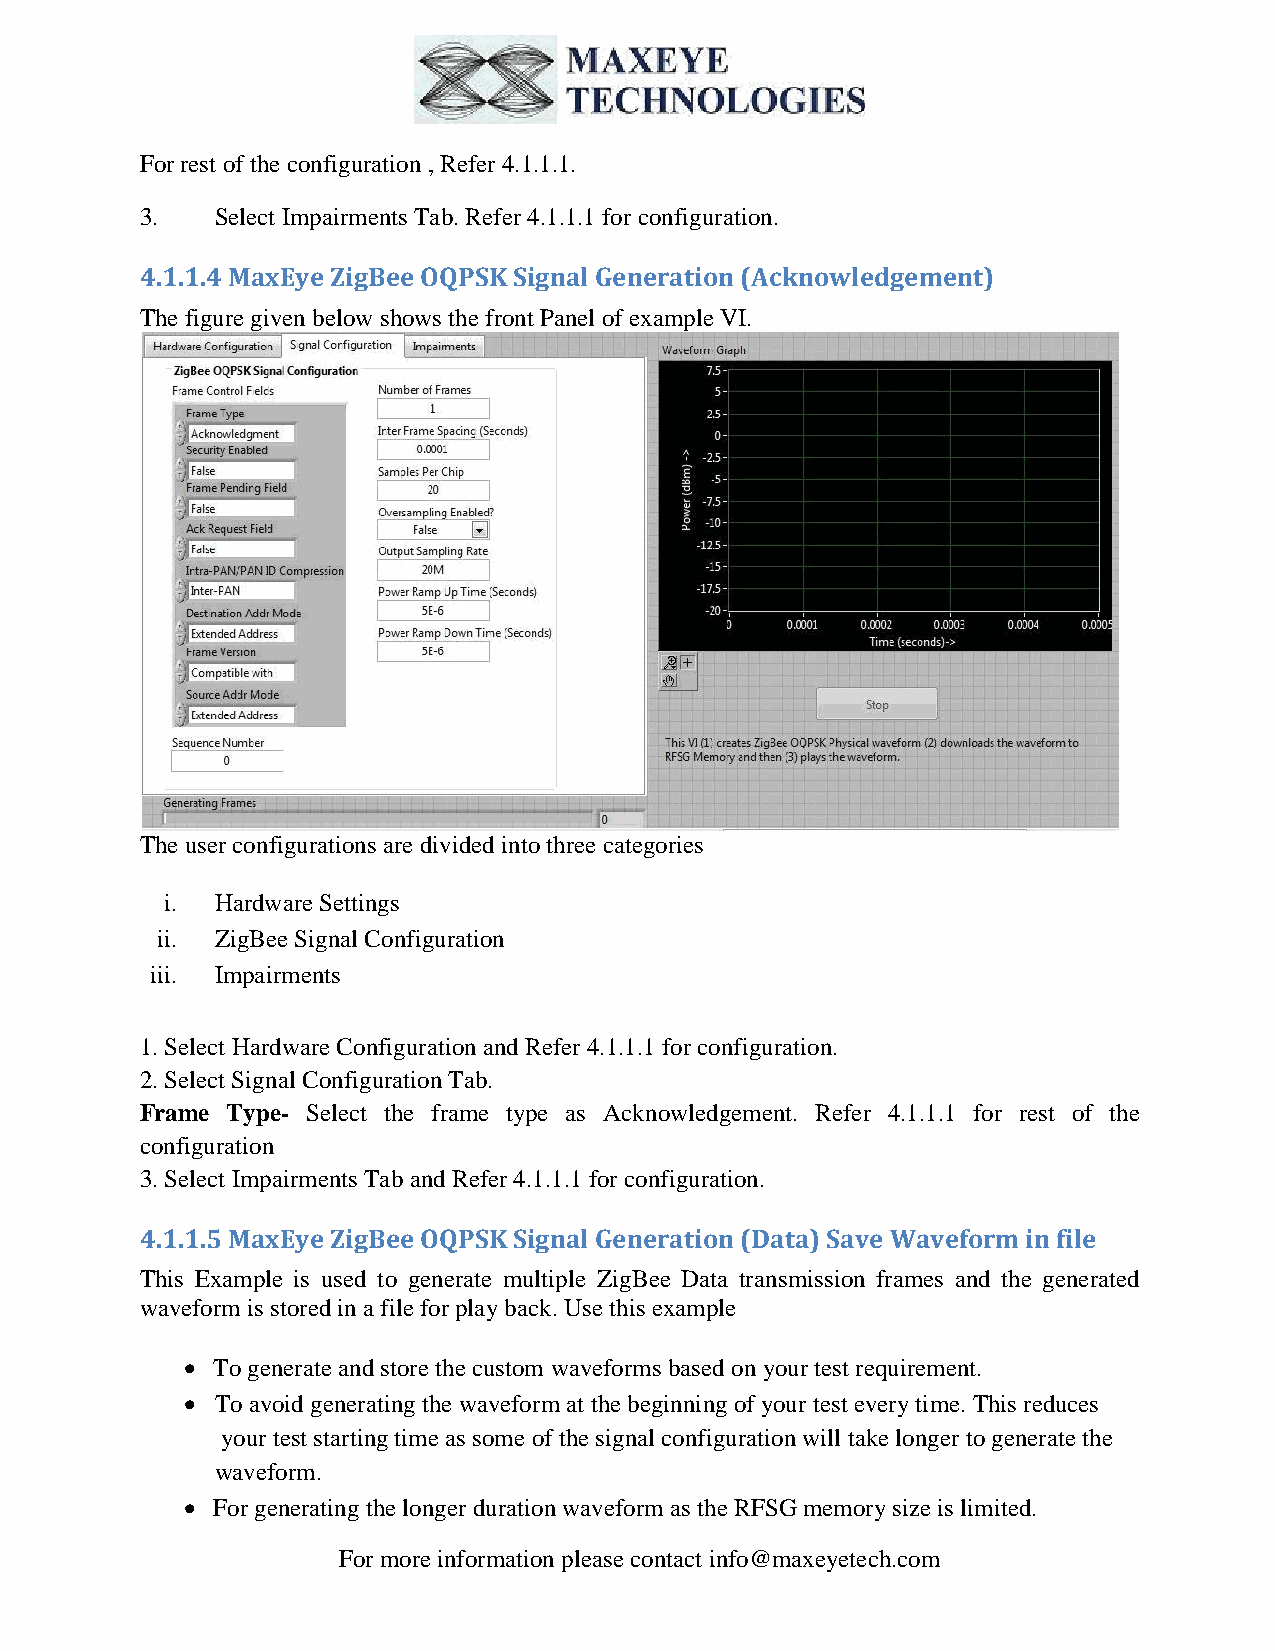
For rest of the configuration , Refer 4.1.1.1.
 3.   Select Impairments Tab. Refer 4.1.1.1 for configuration.
 4.1.1.4 MaxEye ZigBee OQPSK Signal Generation (Acknowledgement)
 The figure given below shows the front Panel of example VI.
 The user configurations are divided into three categories
 i. Hardware Settings
 ii. ZigBee Signal Configuration
 iii. Impairments
 1. Select Hardware Configuration and Refer 4.1.1.1 for configuration.
 2. Select Signal Configuration Tab.
 Frame Type- Select the frame type as Acknowledgement. Refer 4.1.1.1 for rest of the
 configuration
 3. Select Impairments Tab and Refer 4.1.1.1 for configuration.
 4.1.1.5 MaxEye ZigBee OQPSK Signal Generation (Data) Save Waveform in file
 This Example is used to generate multiple ZigBee Data transmission frames and the generated
 waveform is stored in a file for play back. Use this example
  To generate and store the custom waveforms based on your test requirement.
  To avoid generating the waveform at the beginning of your test every time. This reduces
 your test starting time as some of the signal configuration will take longer to generate the
 waveform.
  For generating the longer duration waveform as the RFSG memory size is limited.
 For more information please contact info@maxeyetech.com